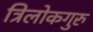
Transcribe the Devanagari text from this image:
त्रिलोकगुरु